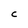
Character: C